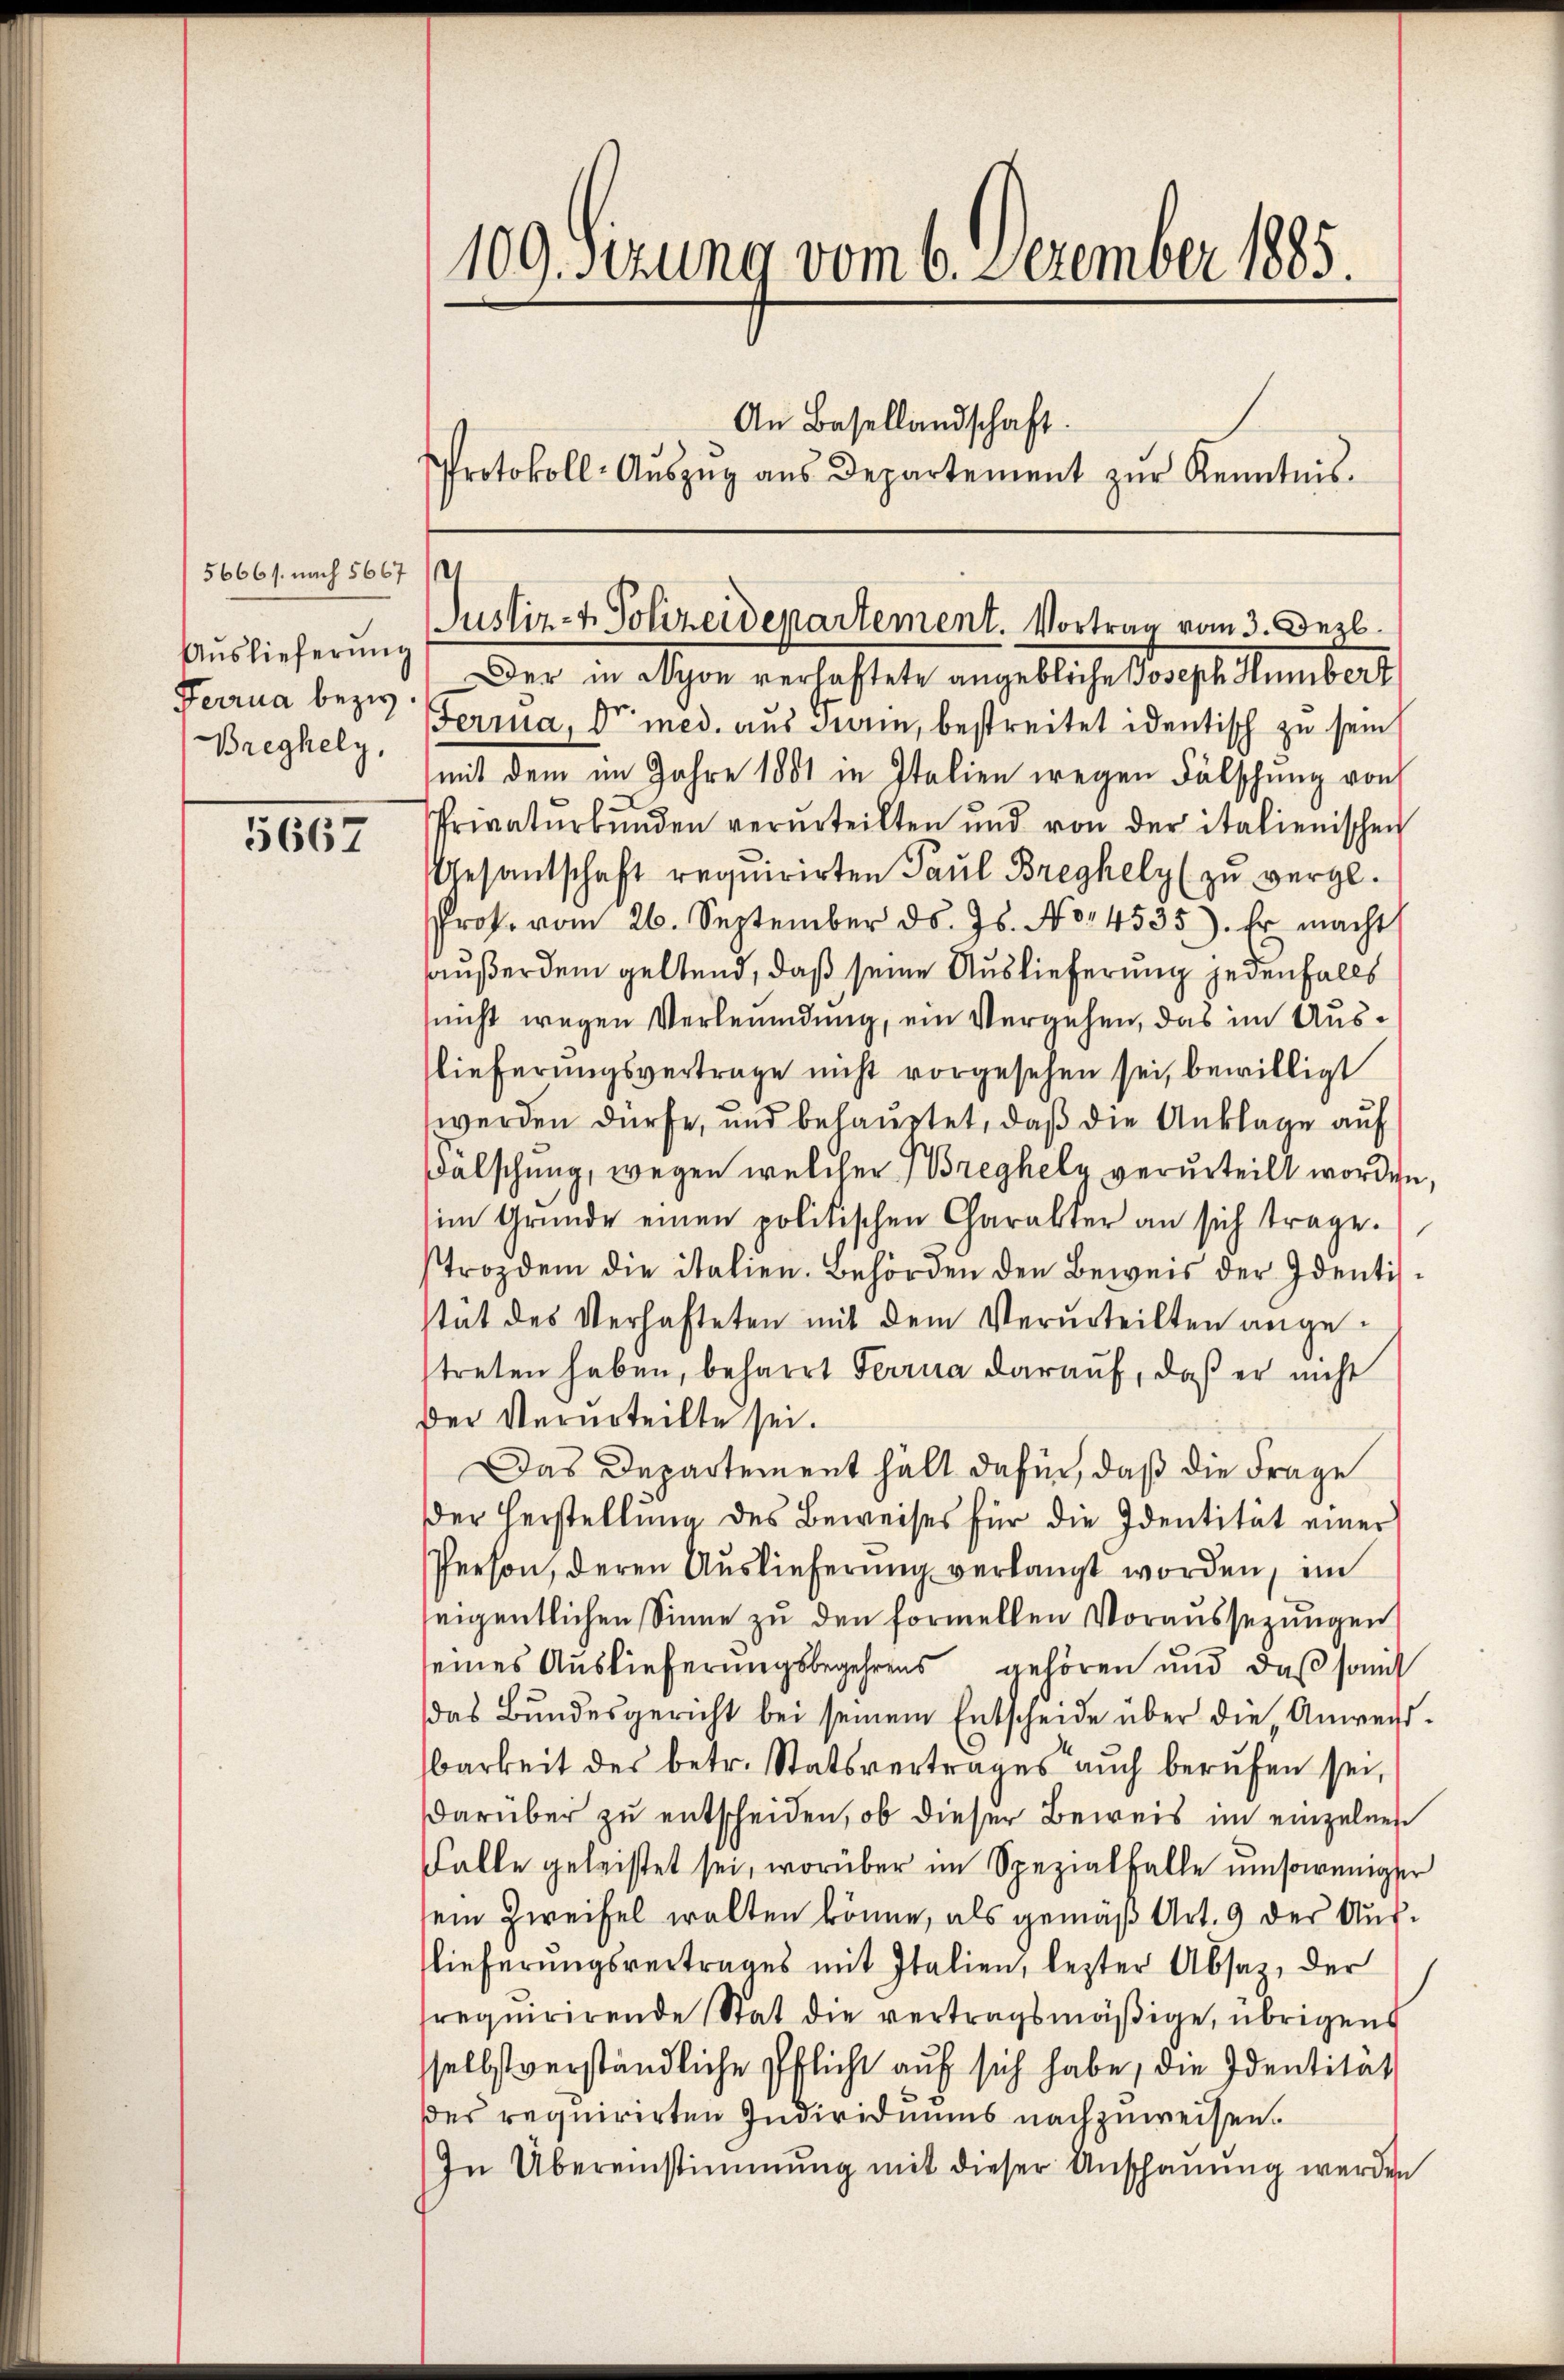
5666 s. nach 5667
Auslieferung
Ferrua bezw.
Breghely,

5667

109. Sizung vom 6. Dezember 1885.
An Basellandschaft.
Protokoll-Aŭszŭg aŭs Departement zŭr Kenntnis.

Ferra, der med. aus darin, bestreitet identisch zu sein
mit dem im Jahre 1881 in Italien wegen Fälschung von
Privatŭrbŭnden verurteilten und von der italienischen
Gesantschaft requirirten Paul Breghely (zu vergl.
Prote vom 26. September d. Js. No. 4535). Er macht
außer dem geltend, daß seine Auslieferung jedenfalls
(nicht wegen Verleumdung, ein Vergehen, das im Auslieferungsvertrage nicht vorgesehen sei, bewilligt
werden dürfe, und behauptet, daß die Anklage auf
Fälschung, wegen welcher Breghely verurteilt worden,
im Gründe einen politischen Charakter an sich trage.
trozdem die italien. Behörden den Beweis der Identisstät des Verhafteten mit dem Verurteilten angetreten haben, beharrt Ferra darauf, daß er nicht
der Verurteilte sei.
Das Departement hält dafür, daß die Frage
der Herstellung des Beweises für die Identität einer
Person, deren Auslieferung verlangt worden, ein
seigentlichen Sinne zu den formellen Voraussezungen
seines Auslieferungsbegehrens gehören und daß so
das Bundesgericht bei seinem Entscheide über die Anweisbarkeit des betr. Statsvertrages auch berufen sei,
darüber zu entscheiden, ob dieser Beweis im einzelnen
Falle geleistet sei, worüber im Spezialfalle umsoweniger
ein Zweifel walten könne, als gemäß Art. 9 der Auslieferungsvertrages mit Italien, lezter Absaz, der
requirirende Stat die vertragsmäßige, übrigens
selbstverständliche Pflicht auf sich habe, die Identität
des requirirten Individuums nachzuweisen.
In Übereinstimmung mit dieser Anschauung werden

e
Justiz- & Polizeidepartement. Vortrag vom 3. Dez.
Der in Nyon verhaftete angebliche Joseph Humbert